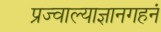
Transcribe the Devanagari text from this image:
प्रज्वाल्याज्ञानगहनं